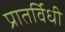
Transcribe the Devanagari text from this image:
प्रातर्विधी